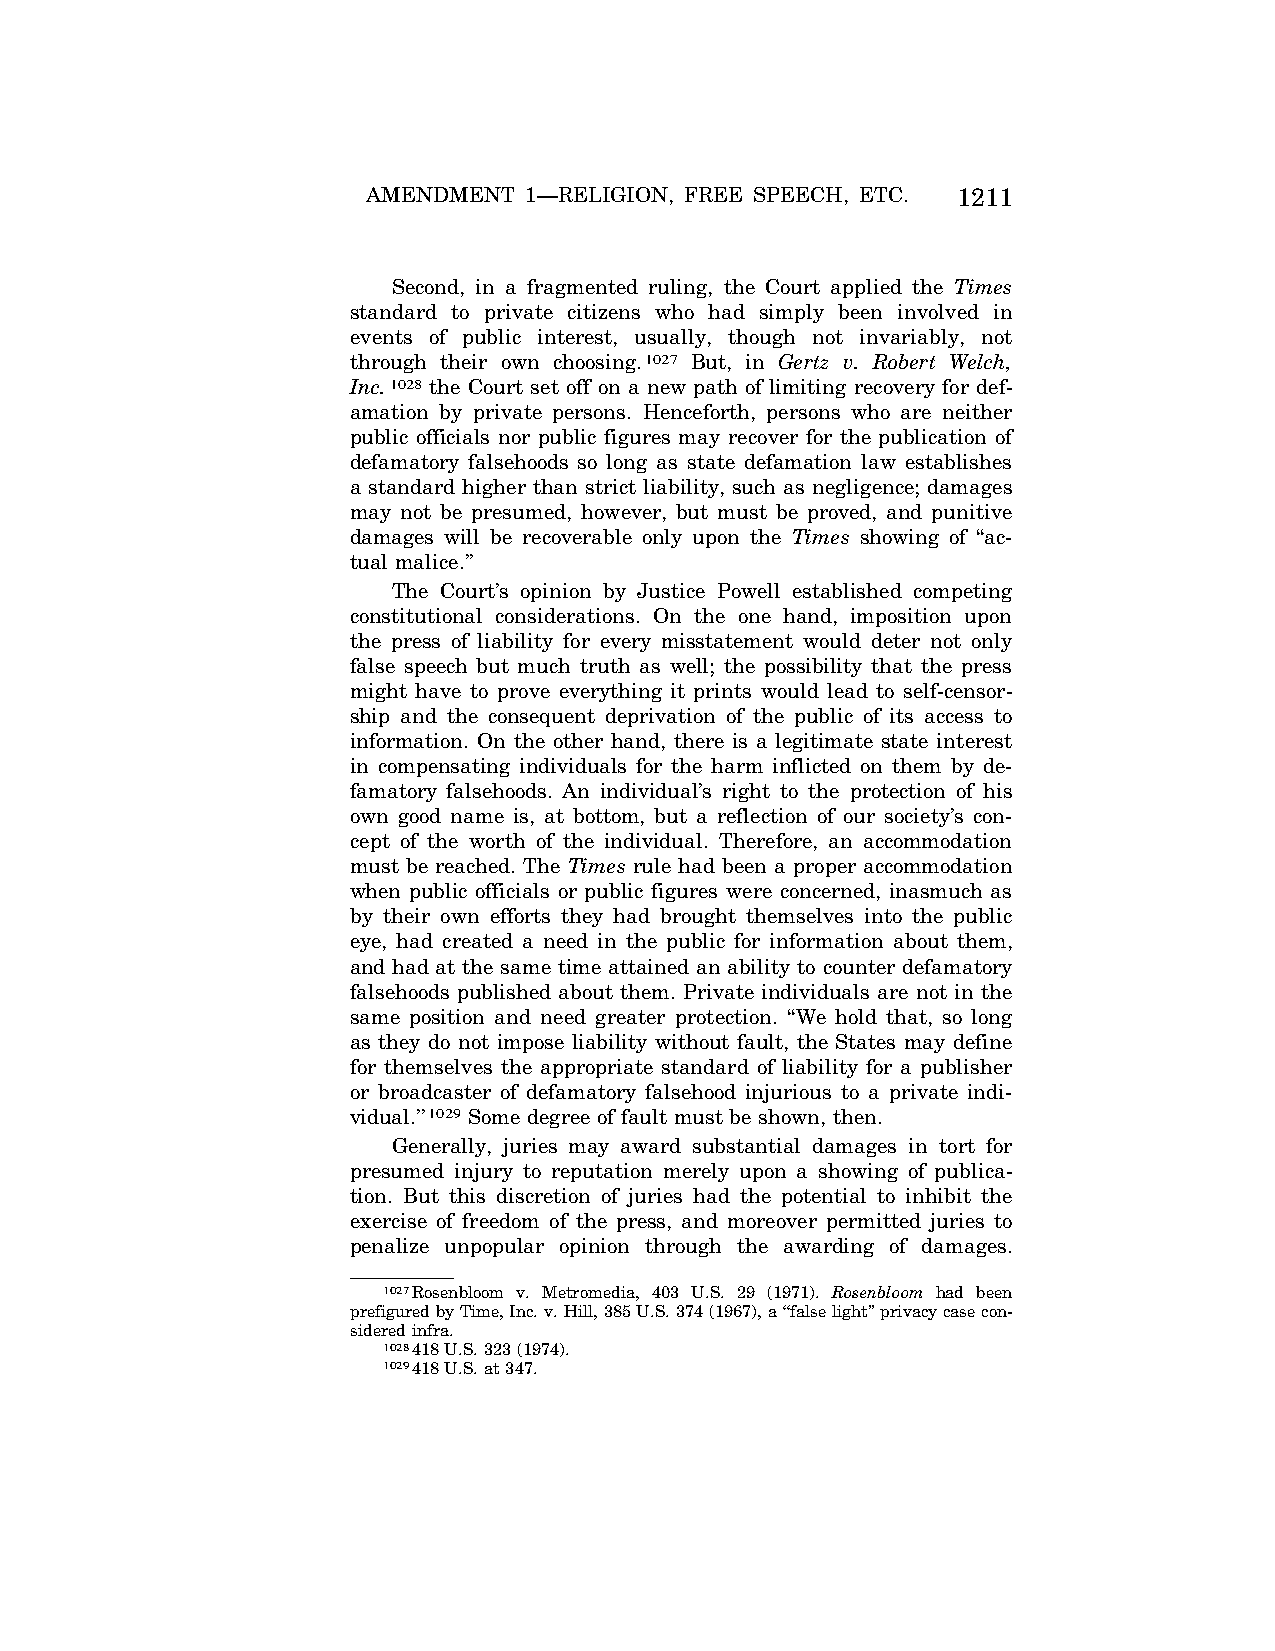
AMENDMENT  1—RELIGION, FREE SPEECH, ETC. 1211
 Second, in a fragmented ruling, the Court applied the Times
 standard to private citizens who had simply been involved in
 events of public interest, usually, though not invariably, not
 through their own choosing.1027 But, in Gertz v. Robert Welch,
 Inc.1028 the Court set off on a new path of limiting recovery for def-
 amation by private persons. Henceforth, persons who are neither
 public officials nor public figures may recover for the publication of
 defamatory falsehoods so long as state defamation law establishes
 a standard higher than strict liability, such as negligence; damages
 may not be presumed, however, but must be proved, and punitive
 damages will be recoverable only upon the Times showing of ‘‘ac-
 tual malice.’’
 The Court’s opinion by Justice Powell established competing
 constitutional considerations. On the one hand, imposition upon
 the press of liability for every misstatement would deter not only
 false speech but much truth as well; the possibility that the press
 might have to prove everything it prints would lead to self-censor-
 ship and the consequent deprivation of the public of its access to
 information. On the other hand, there is a legitimate state interest
 in compensating individuals for the harm inflicted on them by de-
 famatory falsehoods. An individual’s right to the protection of his
 own good name is, at bottom, but a reflection of our society’s con-
 cept of the worth of the individual. Therefore, an accommodation
 must be reached. The Times rule had been a proper accommodation
 when public officials or public figures were concerned, inasmuch as
 by their own efforts they had brought themselves into the public
 eye, had created a need in the public for information about them,
 and had at the same time attained an ability to counter defamatory
 falsehoods published about them. Private individuals are not in the
 same position and need greater protection. ‘‘We hold that, so long
 as they do not impose liability without fault, the States may define
 for themselves the appropriate standard of liability for a publisher
 or broadcaster of defamatory falsehood injurious to a private indi-
 vidual.’’1029 Some degree of fault must be shown, then.
 Generally, juries may award substantial damages in tort for
 presumed injury to reputation merely upon a showing of publica-
 tion. But this discretion of juries had the potential to inhibit the
 exercise of freedom of the press, and moreover permitted juries to
 penalize unpopular opinion through the awarding of damages.
 1027Rosenbloom v. Metromedia, 403 U.S. 29 (1971). Rosenbloom had been
 prefigured by Time, Inc. v. Hill, 385 U.S. 374 (1967), a ‘‘false light’’ privacy case con-
 sidered infra.
 1028418 U.S. 323 (1974).
 1029418 U.S. at 347.
 VerDate Apr<15>2004 08:57 Jun 25, 2004 Jkt 077500 PO 00000 Frm 00199 Fmt 8222 Sfmt 8222 C:\CONAN\CON024.SGM PRFM99 PsN: CON024